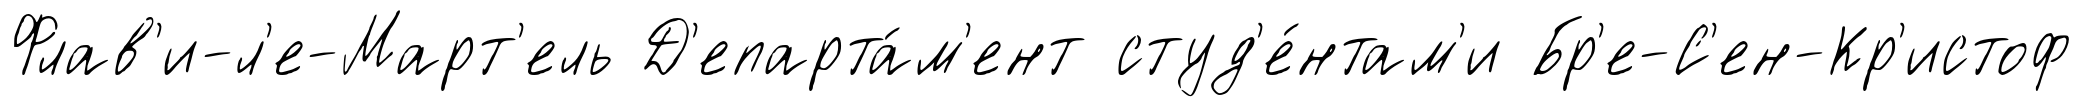
Флав'и-л'е-Март'ель Д'епарта́м'ент студ'е́нтам'и Бр'е-С'ен-Кр'истоф